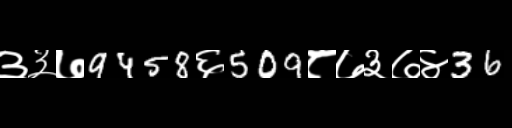
Text: ३३७9458६509८७३७४36